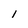
Character: I